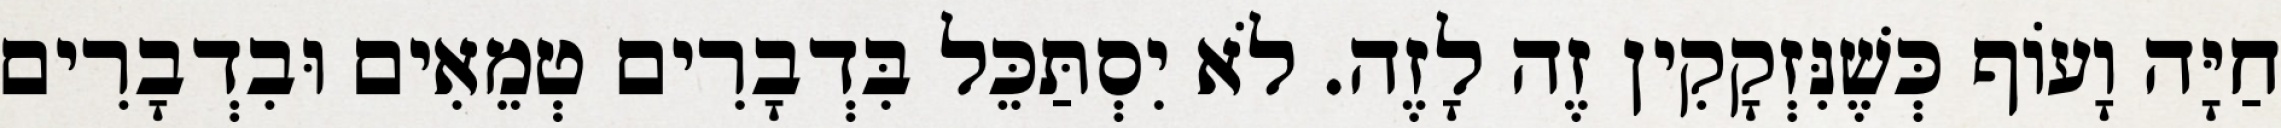
חַיָּה וָעוֹף כְּשֶׁנִּזְקָקִין זֶה לָזֶה. לֹא יִסְתַּכֵּל בִּדְבָרִים טְמֵאִים וּבִדְבָרִים